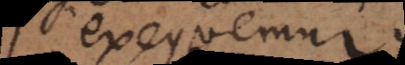
exequemur.